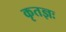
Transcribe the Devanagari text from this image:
कृतज्ञः